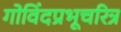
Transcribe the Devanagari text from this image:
गोविंदप्रभूचरित्र